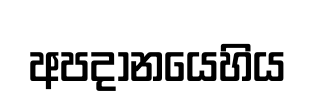
අපදානයෙහිය